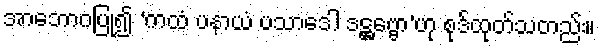
အာဘောဂပြု၍ ‘ကထံ ပနာယံ ပသာဒေါ ဒဋ္ဌဗ္ဗော’ဟု စုဒ်ထုတ်သတည်း။